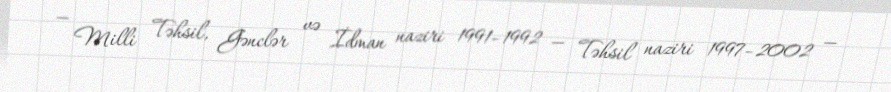
— Milli Təhsil, Gənclər və İdman naziri 1991–1992 — Təhsil naziri 1997–2002 —